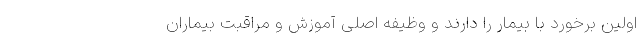
اولین برخورد با بیمار را دارند و وظیفه اصلی آموزش و مراقبت بیماران